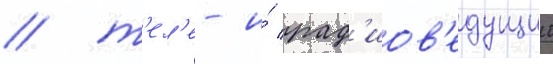
/ т'ел'е- и́ рад'иов'едущии